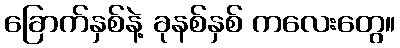
ခြောက်နှစ်နဲ့ ခုနစ်နှစ် ကလေးတွေ။